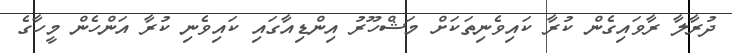
ދުރާލާ ރާވައިގެން ކުރާ ކައިވެނިތަކަށް މަޝްހޫރު އިންޑިއާގައި ކައިވެނި ކުރާ އަންހެން މީހާގެ